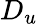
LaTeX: D_{u}